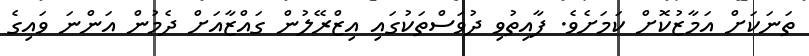
ތަނަކަށް އަމާޒުކޮށް ކަމަށެވެ. ފާއިތުވި ދުވަސްތަކުގައި އިޒްރޭލުން ގައްޒާއަށް ދެމުން އަންނަ ވައިގެ